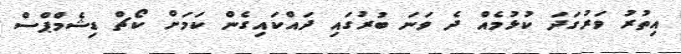
އިތުރު ވަރުގަދަ ކުޅުމެއް ދެ ވަނަ ބުރުގައި ދައްކައިގެން ކަމަށް ކޯޗް ޑިޝެމްޕްސް